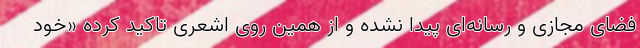
فضای مجازی و رسانه‌ای پیدا نشده و از همین روی اشعری تاکید کرده «خود